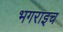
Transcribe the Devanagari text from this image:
भगराइच